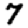
Digit: 7